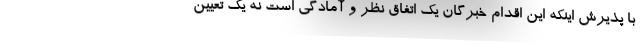
با پذیرش اینکه این اقدام خبرگان یک اتفاق نظر و آمادگی است نه یک تعیین